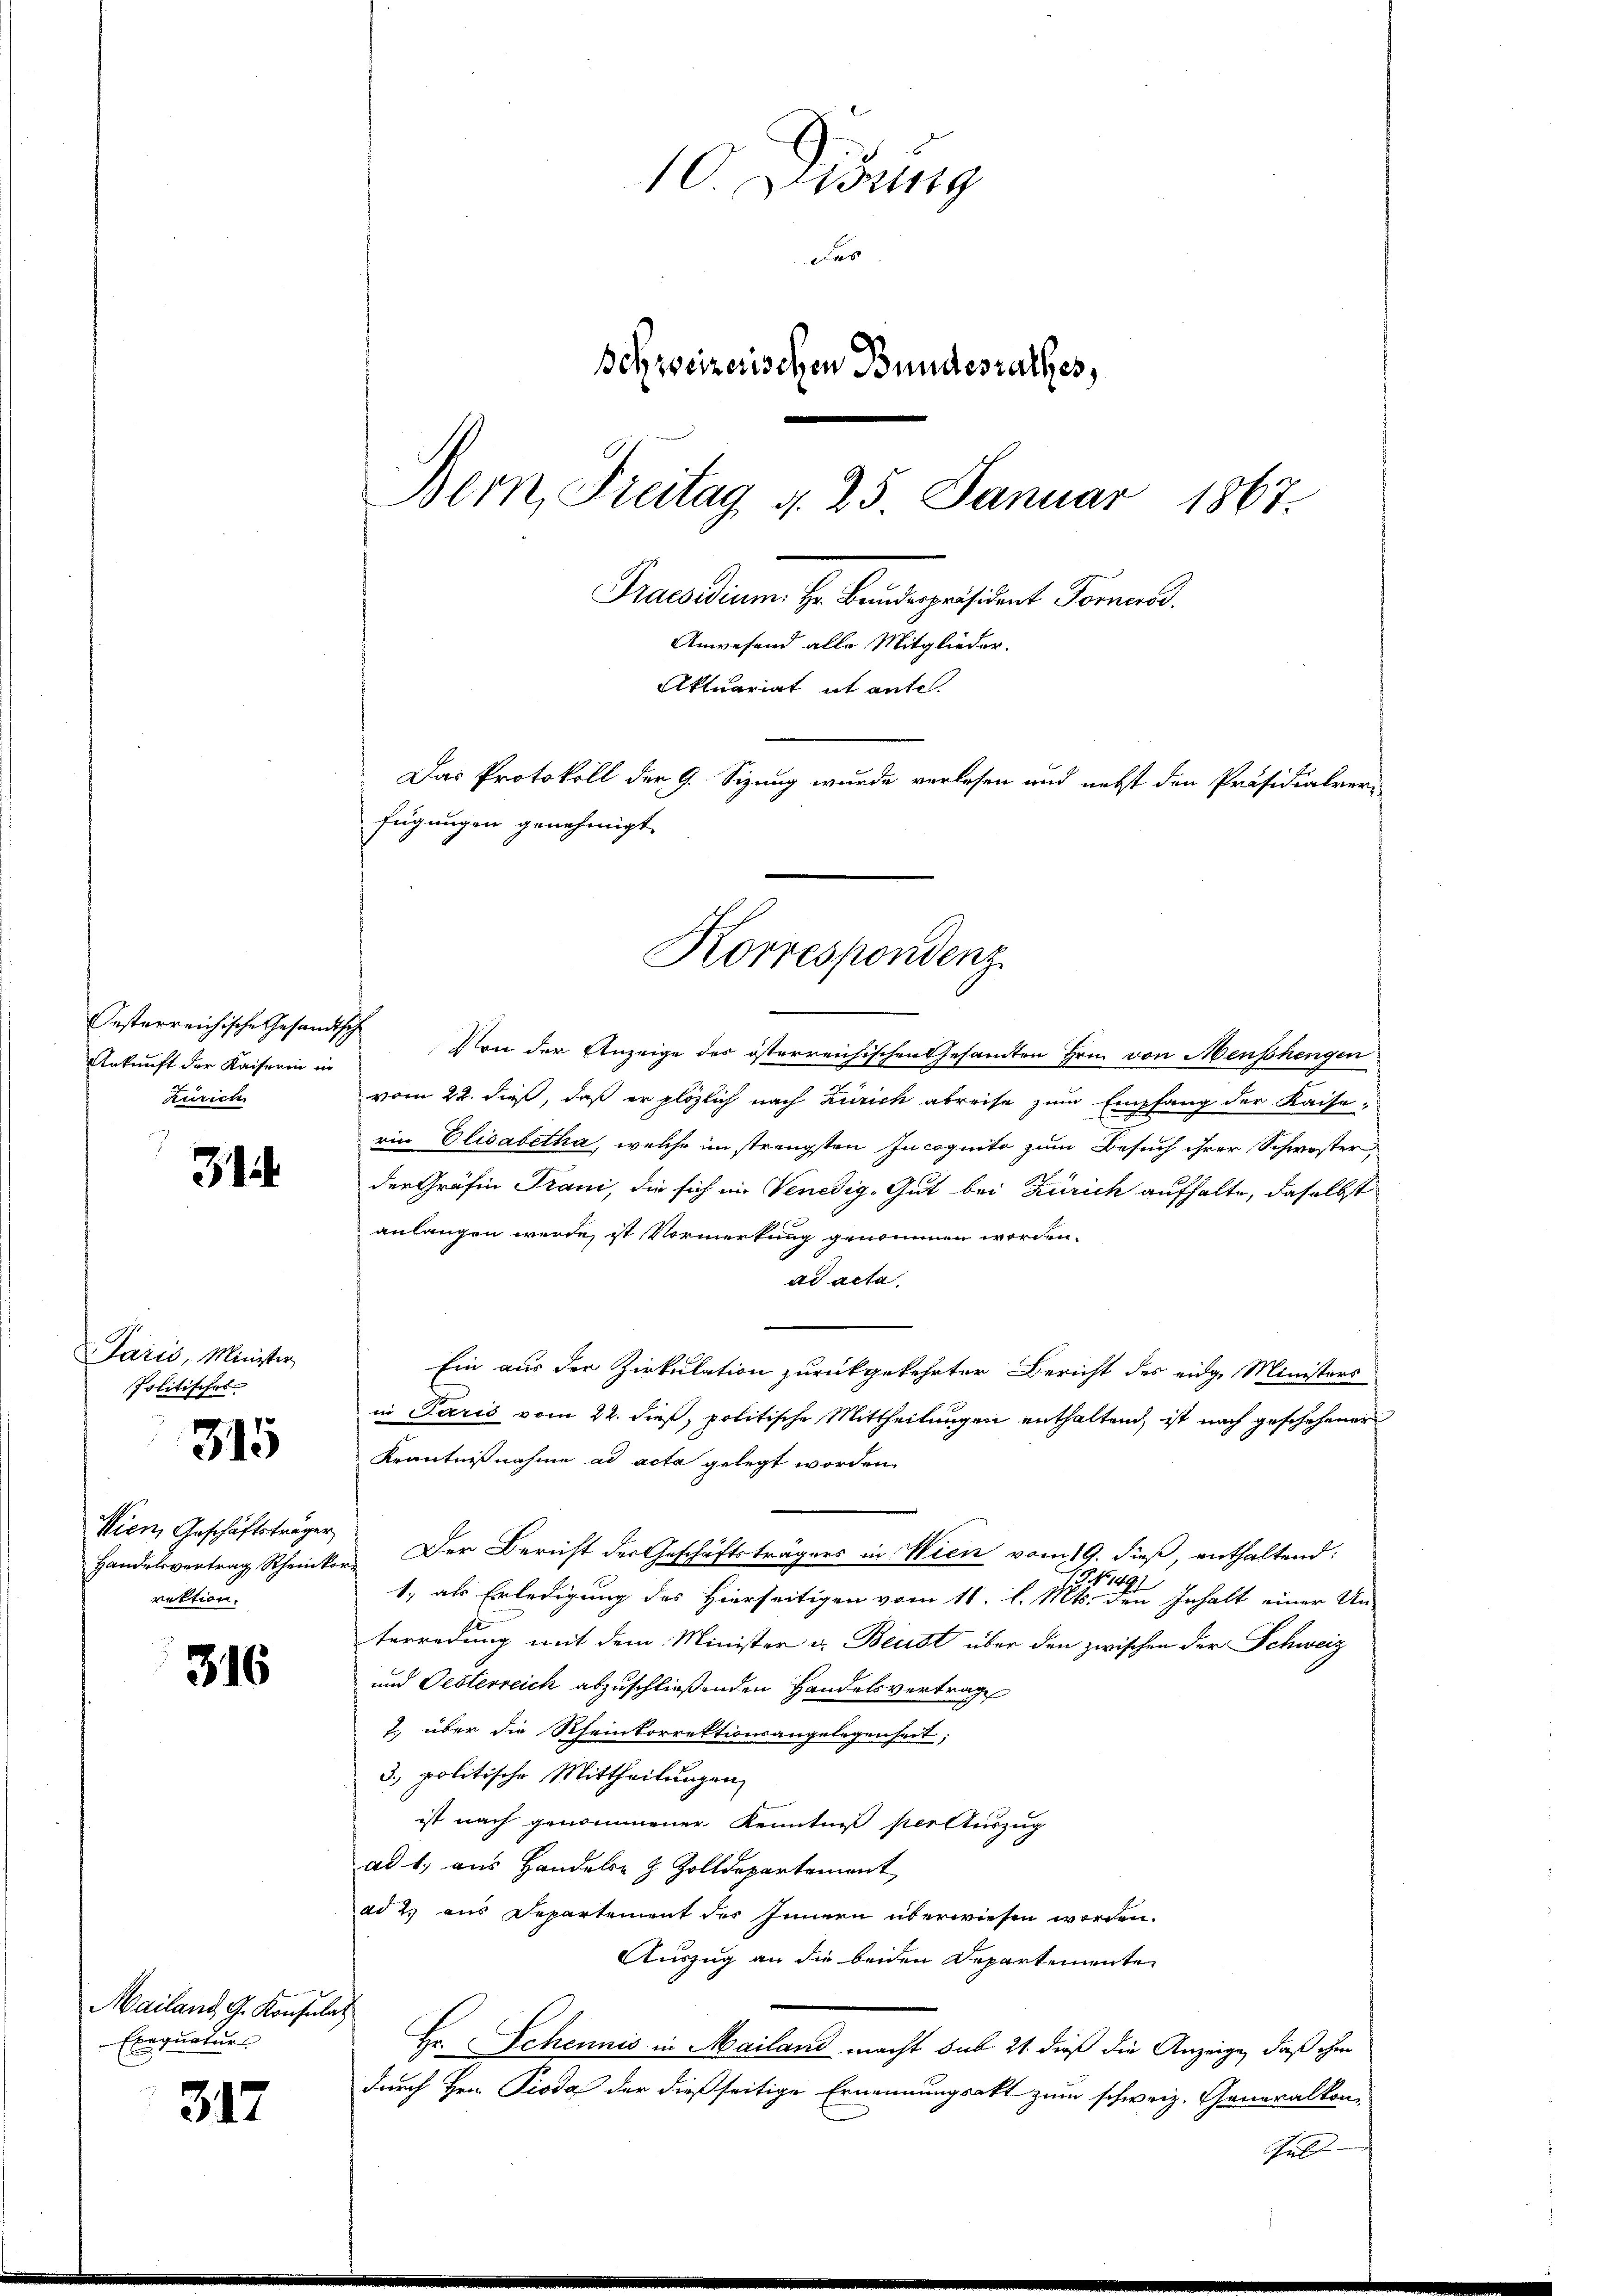
Ankunft der Kaiserin in
kürich

31

Paris, Minister
Politischer

315

Wien, Geschäftsträger
Handelsvertrag Rheinko
rektion.

316

Mailand, G. Konsulat
Exequatur

317

10. Didung
des
Schweizerischen Bundesrathes,
Bern, Freitag d. 25. Januar 1867.
Praesidium. Hr. Bundespräsident Forner
Anwesend alle Mitglieder.
Aktuariat it ante.
Das Protokoll der 9. Sizung wurde verlesen und nebst den Präsidialver-
fügungen genehmigt.

Oesterreichische Gesandtsch von der Anzeige der österreichischen Gesamten Hrn. von Menschengen
vom 22. dieß, daß er plözlich nach Zürich abreise zum Empfang der Kaise-
rin Elisabetha, welche im strengsten Incognito zum Besuch ihrer Schwester,
der Gräfin Trani, die sich im Venedig-Gut bei Zürich aufhalte, daselbst
anlangen werde, ist Vormerkung genommen worden.
ad acta
Ein aus der Zirkulation zurückgekehrter Bericht des eidge Ministers
in Paris vom 22. dieß, politische Mittheilungen enthaltend ist nach geschehener
Kenntnißnahme ad acta gelegt worden.
Der Bericht der Geschäftsträgers in Wien vom 19. dieß, enthaltend:
e
19 No 1491
1., als Erledigung des Hierseitigen vom 11. l. Mts. den Inhalt einer Un-
terredung mit dem Minister u. Beust über den zwischen der Schweiz
und Oesterreich abzuschließenden Handelsvertrag
2., über die Rheinkorrektionsangelegenheit;
3. politische Mittheilungen
ist nach genommener Kenntniß per Auszug
ad 1. aus Handels- & Zolldepartement
ad 2. aus Departement des Innern überwiesen worden.
Auszug an die beiden Departemente
Hr. Schennis in Mailand macht sub 21. dieß die Anzeige, daß ihm
durch Hrn. Pioda der dießseitige Ernennungsakt zum schweiz. Generalkon-
falt

Korrespondenz